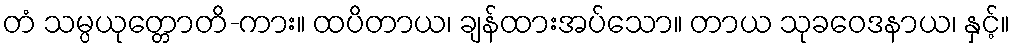
တံ သမ္ပယုတ္တောတိ-ကား။ ထပိတာယ၊ ချန်ထားအပ်သော။ တာယ သုခဝေဒနာယ၊ နှင့်။